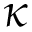
\kappa